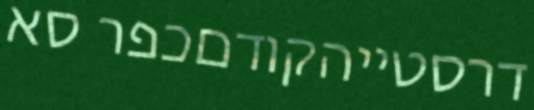
דרסטייהקודםכפר סא